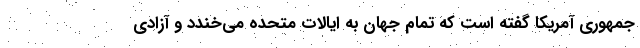
جمهوری آمریکا گفته است که تمام جهان به ایالات متحده می‌خندد و آزادی